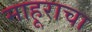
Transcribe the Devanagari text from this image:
माहूराचा